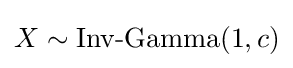
X\sim {\textrm {Inv-Gamma}}(1,c)